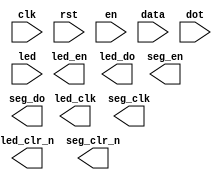

module display (
	input wire clk,  // main clock
	input wire rst,  // synchronous reset
	input wire [7:0] en,  // enable for each tube
	input wire [31:0] data,  // data to display
	input wire [7:0] dot,  // enable for each dot
	input wire [15:0] led,  // LED display
	// LED interfaces
	output wire led_clk,
	output wire led_en,
	output wire led_clr_n,
	output wire led_do,
	// 7-segment tube interfaces
	output wire seg_clk,
	output wire seg_en,
	output wire seg_clr_n,
	output wire seg_do
);

endmodule